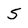
Character: 5